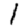
Digit: 1